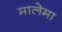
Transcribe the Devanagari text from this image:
मालेमा